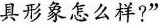
具形象怎么样?”